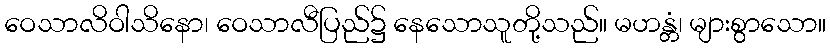
ဝေသာလိဝါသိနော၊ ဝေသာလီပြည်၌ နေသောသူတို့သည်။ မဟန္တံ၊ များစွာသော။